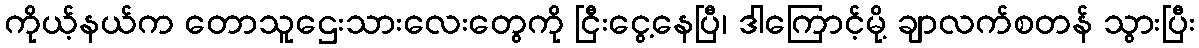
ကိုယ့်နယ်က တောသူဌေးသားလေးတွေကို ငြီးငွေ့နေပြီ၊ ဒါကြောင့်မို့ ချာလက်စတန် သွားပြီး